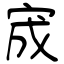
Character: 宬